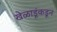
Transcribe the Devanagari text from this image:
खेळाडूंकडून